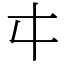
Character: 㐄